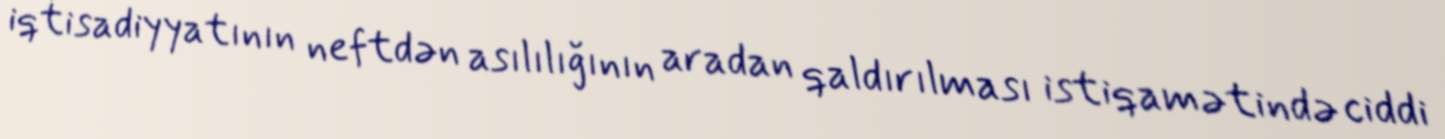
iqtisadiyyatının neftdən asılılığının aradan qaldırılması istiqamətində ciddi